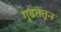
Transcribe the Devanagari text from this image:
गूढतेतून